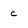
Character: c